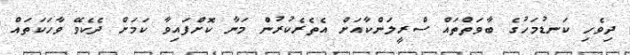
ދިވެހި ކަނޑުމަހުގެ ބާވަތްތައް ސްރީލަންކާއަށް އެތެރެކުރުން މަނާ ކޮށްފައިވާ ކަމަށް ދެކެވޭ ވާހަކަތައް